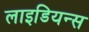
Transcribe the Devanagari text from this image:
लाइडियन्स